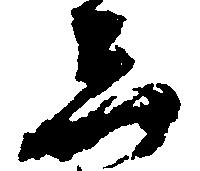
し